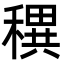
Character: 穓